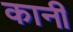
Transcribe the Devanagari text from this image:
कानीं